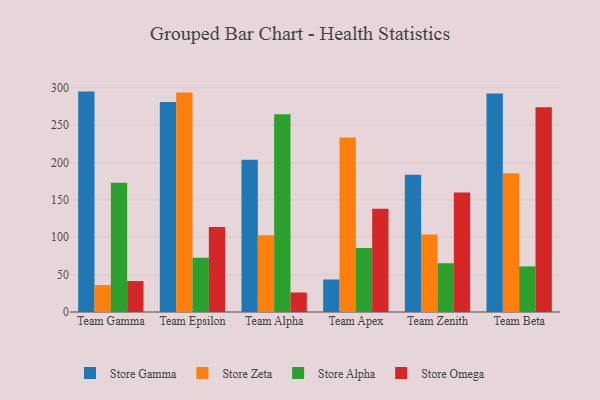
{"axis": {"x": "Team", "y": "Production Output"}, "legend": ["Store Alpha", "Store Gamma", "Store Omega", "Store Zeta"], "data": [{"x": "Team Gamma", "y": 294.8, "type": "Store Gamma"}, {"x": "Team Gamma", "y": 36.0, "type": "Store Zeta"}, {"x": "Team Gamma", "y": 172.9, "type": "Store Alpha"}, {"x": "Team Gamma", "y": 41.4, "type": "Store Omega"}, {"x": "Team Epsilon", "y": 281.0, "type": "Store Gamma"}, {"x": "Team Epsilon", "y": 293.5, "type": "Store Zeta"}, {"x": "Team Epsilon", "y": 72.6, "type": "Store Alpha"}, {"x": "Team Epsilon", "y": 113.6, "type": "Store Omega"}, {"x": "Team Alpha", "y": 203.6, "type": "Store Gamma"}, {"x": "Team Alpha", "y": 102.7, "type": "Store Zeta"}, {"x": "Team Alpha", "y": 264.6, "type": "Store Alpha"}, {"x": "Team Alpha", "y": 26.1, "type": "Store Omega"}, {"x": "Team Apex", "y": 43.5, "type": "Store Gamma"}, {"x": "Team Apex", "y": 233.4, "type": "Store Zeta"}, {"x": "Team Apex", "y": 85.5, "type": "Store Alpha"}, {"x": "Team Apex", "y": 138.1, "type": "Store Omega"}, {"x": "Team Zenith", "y": 183.6, "type": "Store Gamma"}, {"x": "Team Zenith", "y": 103.5, "type": "Store Zeta"}, {"x": "Team Zenith", "y": 65.2, "type": "Store Alpha"}, {"x": "Team Zenith", "y": 159.8, "type": "Store Omega"}, {"x": "Team Beta", "y": 292.2, "type": "Store Gamma"}, {"x": "Team Beta", "y": 185.5, "type": "Store Zeta"}, {"x": "Team Beta", "y": 61.0, "type": "Store Alpha"}, {"x": "Team Beta", "y": 273.7, "type": "Store Omega"}]}